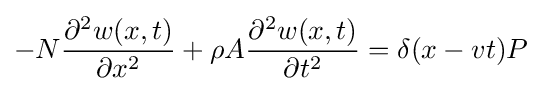
-N{\frac {\partial ^{2}w(x,t)}{\partial x^{2}}}+\rho A{\frac {\partial ^{2}w(x,t)}{\partial t^{2}}}=\delta (x-vt)P\